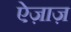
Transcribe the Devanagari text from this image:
ऐज़ाज़